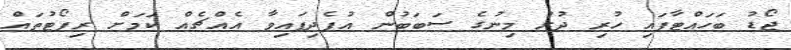
ޖޯޑު ބަހައްޓާފައި ހުރި ދުރު މިނުގެ ސަބަބުން އުފެދިފައިވާ އެއްޗެއް ކަމަށް ރިޕޯޓުތައް